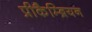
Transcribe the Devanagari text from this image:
प्रीकैम्ब्रियन